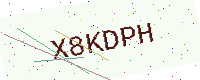
Text: X8KDPH